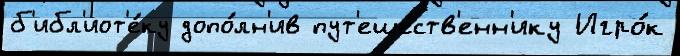
б'ибл'иот'е́ку допо́лн'ив пут'еше́ств'енн'ику Игро́к